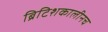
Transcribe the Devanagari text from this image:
ब्रिटिशकालीनच